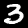
Digit: 3